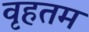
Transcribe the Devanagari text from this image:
वृहतम